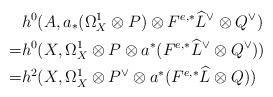
LaTeX: \begin{align*}& h^0(A,a_*(\Omega_X^1\otimes P)\otimes F^{e,*}\widehat{L}^{\vee}\otimes Q^{\vee}) \\=& h^0(X,\Omega_X^1\otimes P\otimes a^*(F^{e,*}\widehat{L}^{\vee}\otimes Q^{\vee})) \\=& h^2(X,\Omega_X^1\otimes P^{\vee}\otimes a^*(F^{e,*}\widehat{L}\otimes Q)) \end{align*}